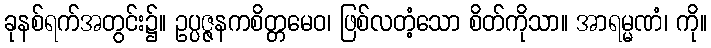
ခုနစ်ရက်အတွင်း၌။ ဥပ္ပဇ္ဇနကစိတ္တမေဝ၊ ဖြစ်လတံ့သော စိတ်ကိုသာ။ အာရမ္မဏံ၊ ကို။